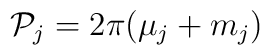
{\cal P}_{j} = 2\pi( \mu_{j} + m_{j})